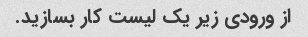
از ورودی زیر یک لیست کار بسازید.